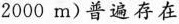
2000m )普遍存在